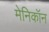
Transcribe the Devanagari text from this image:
मेनिकॉन